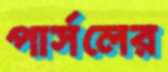
পার্সলের